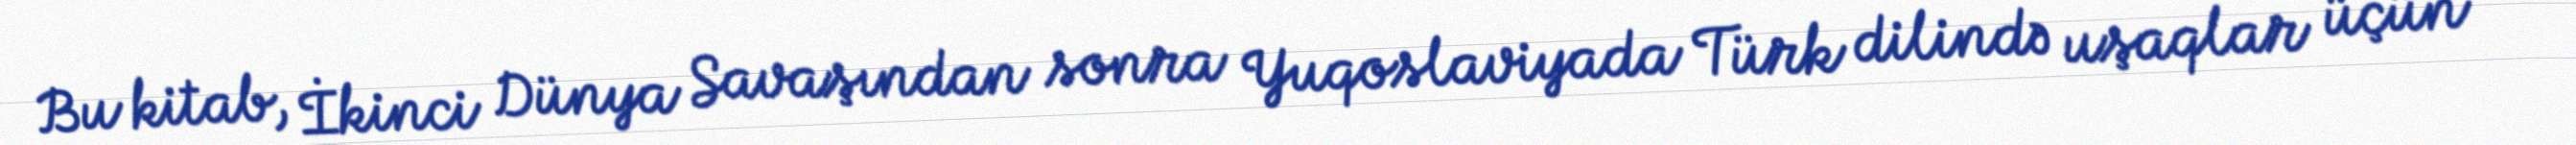
Bu kitab, İkinci Dünya Savaşından sonra Yuqoslaviyada Türk dilində uşaqlar üçün